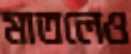
মাতলেও